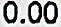
0.00